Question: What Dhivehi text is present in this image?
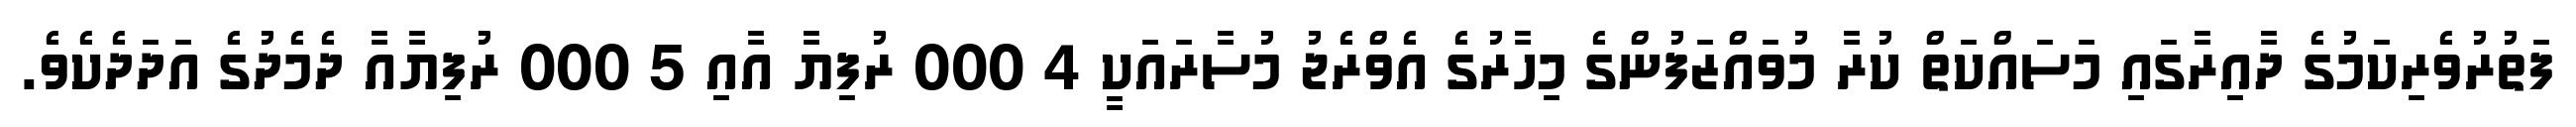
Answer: ފަތުރުވެރިކަމުގެ ދާއިރާގައި މަސައްކަތް ކުރާ މުވައްޒަފުންގެ މިހާރުގެ އެވްރެޖު މުސާރައަކީ 4 000 ރުފިޔާ އާއި 5 000 ރުފިޔާއާ ދެމެދުގެ އަދަދެކެވެ.